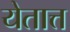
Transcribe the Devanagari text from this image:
येतात्त